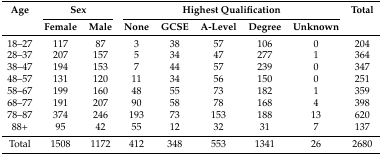
<table><thead><tr><td rowspan="2"><b>Age</b></td><td colspan="2"><b>Sex</b></td><td colspan="5"><b>Highest Qualification</b></td><td rowspan="2"><b>Total</b></td></tr><tr><td><b>Female</b></td><td><b>Male</b></td><td><b>None</b></td><td><b>GCSE</b></td><td><b>A-Level</b></td><td><b>Degree</b></td><td><b>Unknown</b></td></tr></thead><tbody><tr><td>18–27</td><td>117</td><td>87</td><td>3</td><td>38</td><td>57</td><td>106</td><td>0</td><td>204</td></tr><tr><td>28–37</td><td>207</td><td>157</td><td>5</td><td>34</td><td>47</td><td>277</td><td>1</td><td>364</td></tr><tr><td>38–47</td><td>194</td><td>153</td><td>7</td><td>44</td><td>57</td><td>239</td><td>0</td><td>347</td></tr><tr><td>48–57</td><td>131</td><td>120</td><td>11</td><td>34</td><td>56</td><td>150</td><td>0</td><td>251</td></tr><tr><td>58–67</td><td>199</td><td>160</td><td>48</td><td>55</td><td>73</td><td>182</td><td>1</td><td>359</td></tr><tr><td>68–77</td><td>191</td><td>207</td><td>90</td><td>58</td><td>78</td><td>168</td><td>4</td><td>398</td></tr><tr><td>78–87</td><td>374</td><td>246</td><td>193</td><td>73</td><td>153</td><td>188</td><td>13</td><td>620</td></tr><tr><td>88+</td><td>95</td><td>42</td><td>55</td><td>12</td><td>32</td><td>31</td><td>7</td><td>137</td></tr><tr><td>Total</td><td>1508</td><td>1172</td><td>412</td><td>348</td><td>553</td><td>1341</td><td>26</td><td>2680</td></tr></tbody></table>